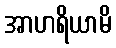
အာဟရိယာမိ